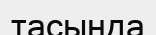
тасында